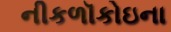
નીકળૉકોઇના